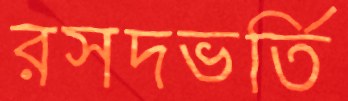
রসদভর্তি